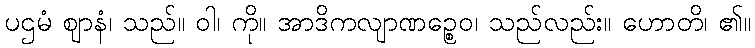
ပဌမံ ဈာနံ၊ သည်။ ဝါ၊ ကို။ အာဒိကလျာဏဉ္စေဝ၊ သည်လည်း။ ဟောတိ၊ ၏။